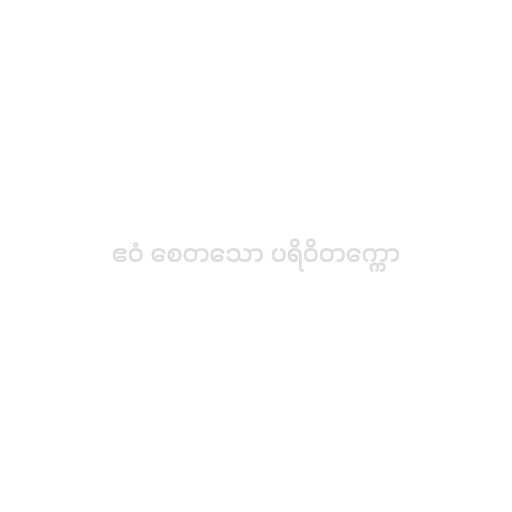
ဧဝံ စေတသော ပရိဝိတက္ကော